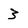
Character: 3